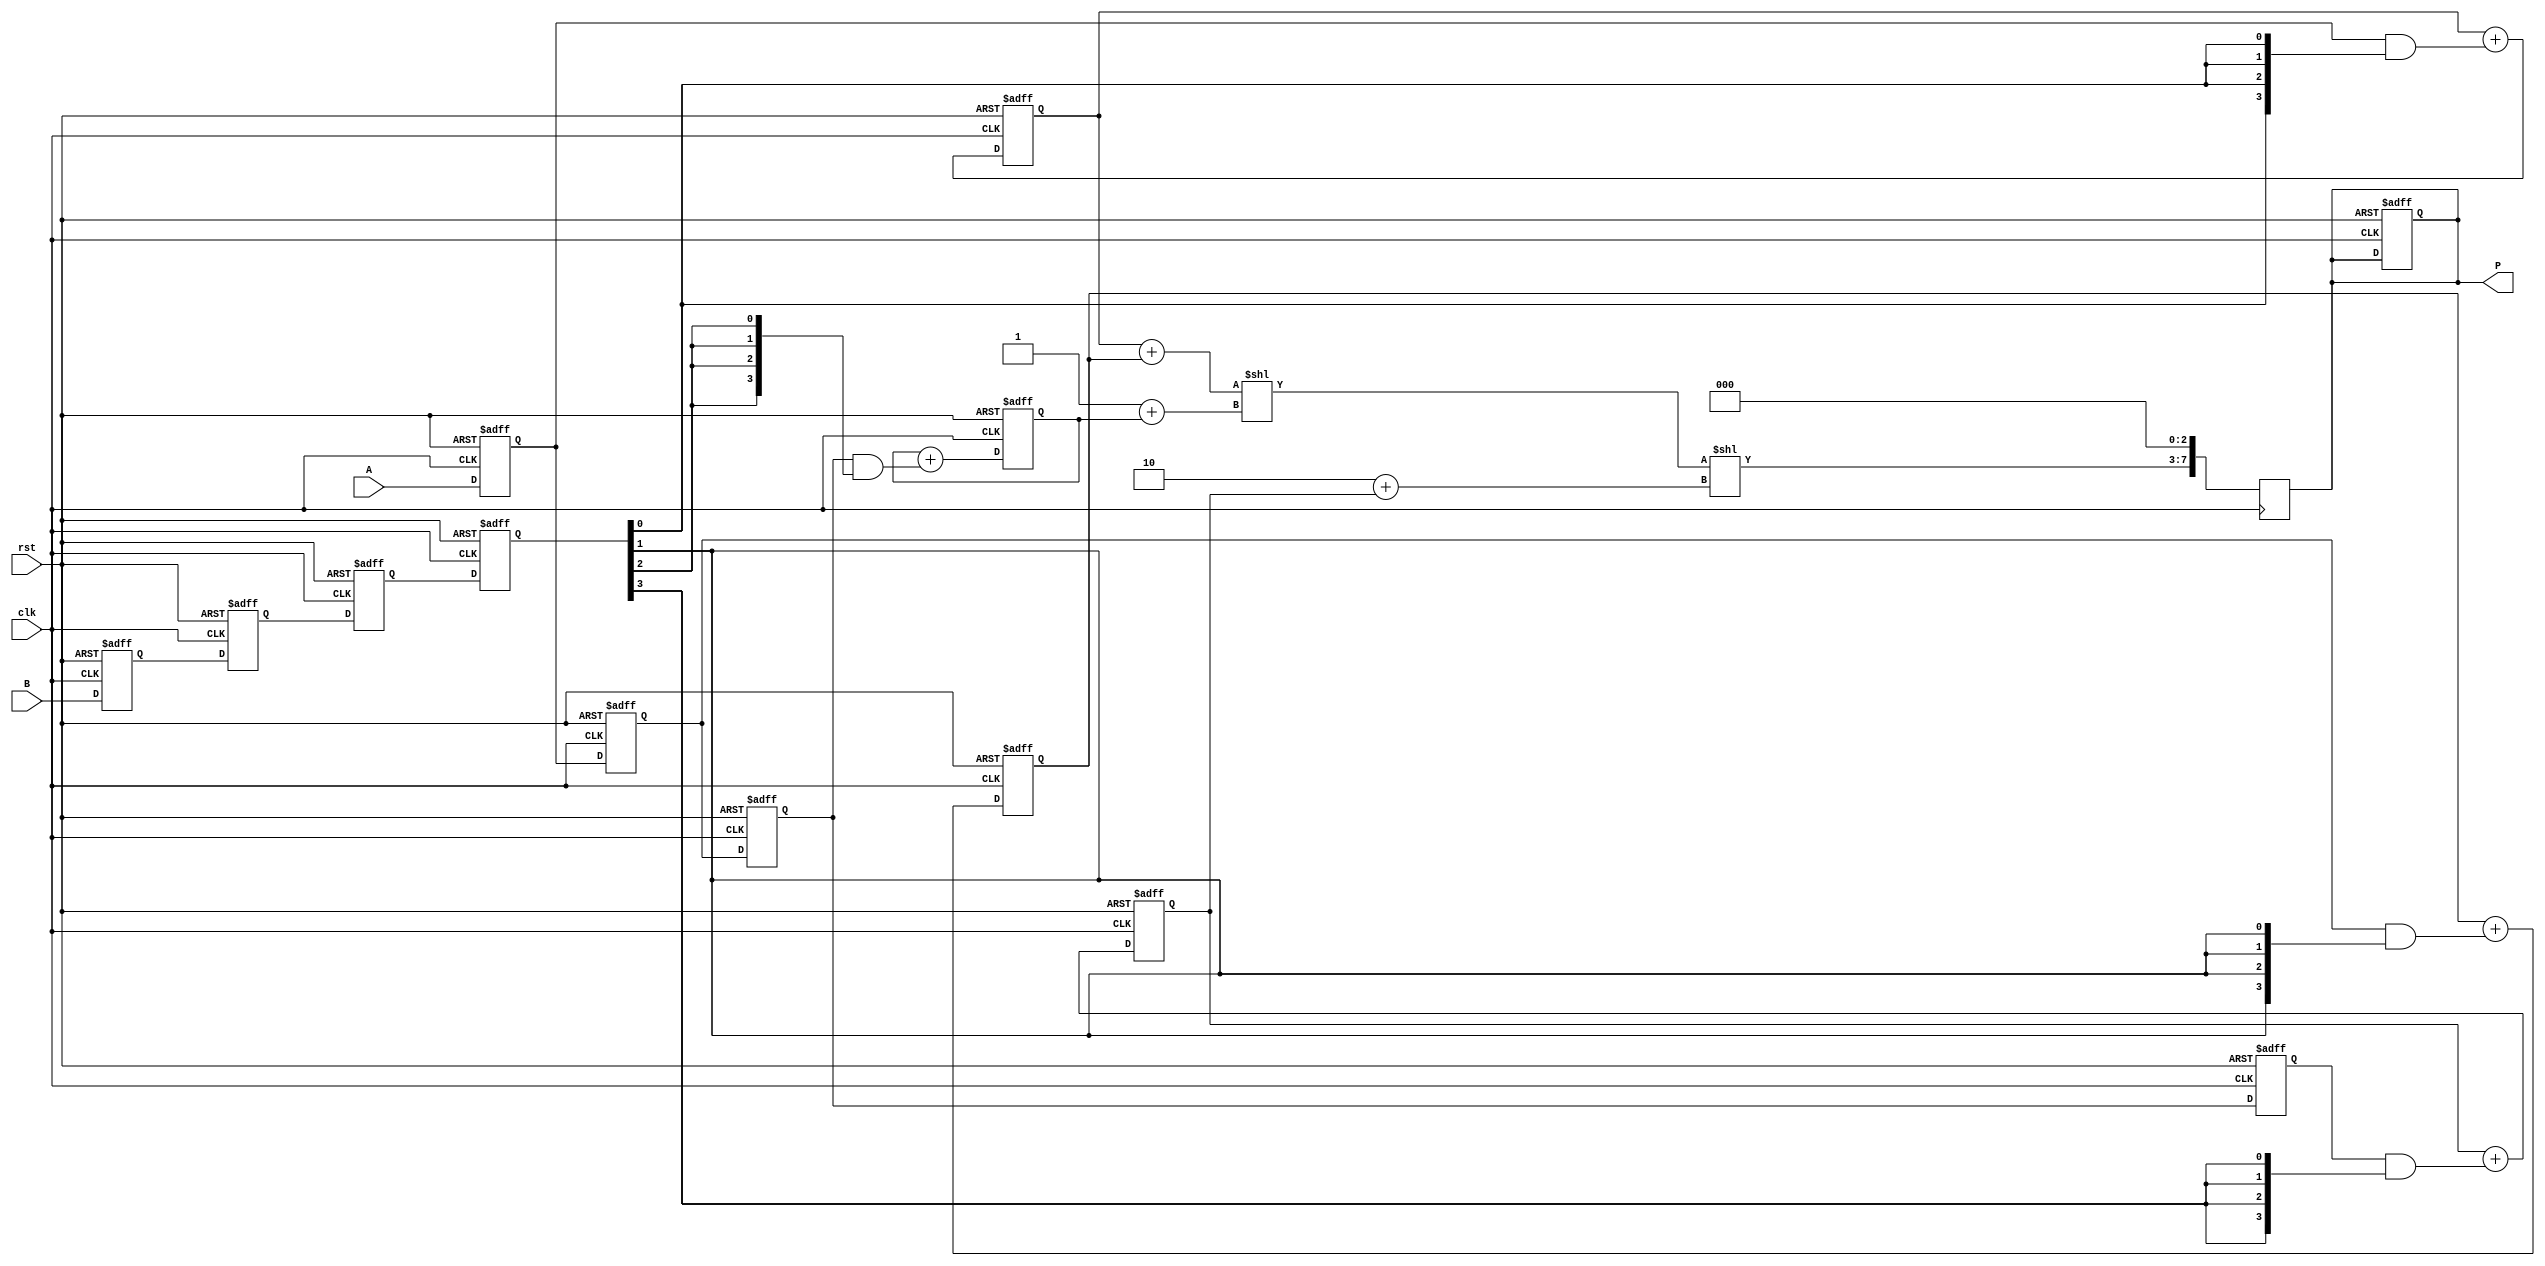
module systolic_multiplier (
    input wire clk,
    input wire rst,
    input wire [3:0] A,
    input wire [3:0] B,
    output reg [7:0] P
);

    reg [3:0] partial_product [0:3]; // Array for partial products in PEs
    reg [3:0] a_reg [0:3];           // Registers for A inputs to PEs
    reg [3:0] b_reg [0:3];           // Registers for B inputs to PEs
    
    integer i, j;

    // Control logic to load A and B into the respective registers
    always @(posedge clk or posedge rst) begin
        if (rst) begin
            for (i = 0; i < 4; i = i + 1) begin
                a_reg[i] <= 0;
                b_reg[i] <= 0;
                partial_product[i] <= 0;
            end
            P <= 0;
        end else begin
            // Load A into vertical registers
            for (i = 0; i < 4; i = i + 1) begin
                a_reg[i] <= (i == 0) ? A : a_reg[i-1];
            end

            // Load B into horizontal registers and compute partial products
            for (j = 0; j < 4; j = j + 1) begin
                b_reg[j] <= (j == 0) ? B : b_reg[j-1];

                // Each PE computes its partial product
                if (j == 0) begin
                    partial_product[0] <= a_reg[0] & {4{b_reg[0][0]}};
                    partial_product[1] <= a_reg[1] & {4{b_reg[0][1]}};
                    partial_product[2] <= a_reg[2] & {4{b_reg[0][2]}};
                    partial_product[3] <= a_reg[3] & {4{b_reg[0][3]}};
                end
                else begin
                    partial_product[0] <= partial_product[0] + (a_reg[0] & {4{b_reg[j][0]}});
                    partial_product[1] <= partial_product[1] + (a_reg[1] & {4{b_reg[j][1]}});
                    partial_product[2] <= partial_product[2] + (a_reg[2] & {4{b_reg[j][2]}});
                    partial_product[3] <= partial_product[3] + (a_reg[3] & {4{b_reg[j][3]}});
                end
            end
        end
    end

    // Final accumulation of results
    always @(posedge clk) begin
        P <= partial_product[0] + partial_product[1] << 1 + partial_product[2] << 2 + partial_product[3] << 3;
    end

endmodule